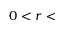
0 < r <